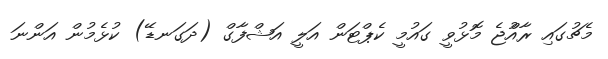
މެޗުގައި ރާއްުޖެ މޮޅުވީ ގައުމީ ކެޕްޓަން އަލީ އަޝްފާގް (ދަގަނޑޭ) ކުޅެމުން އަންނަ